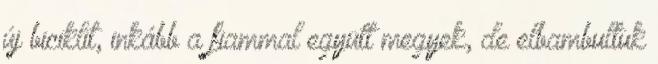
új biciklit, inkább a fiammal együtt megyek, de elbambultuk